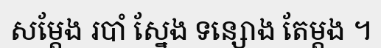
សម្តែង របាំ ស្នែង ទន្សោង តែម្តង ។